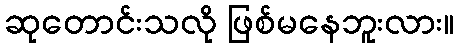
ဆုတောင်းသလို ဖြစ်မနေဘူးလား။